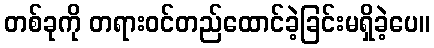
တစ်ခုကို တရားဝင်တည်ထောင်ခဲ့ခြင်းမရှိခဲ့ပေ။